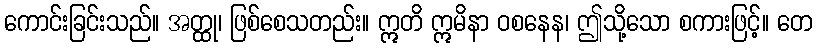
ကောင်းခြင်းသည်။ အတ္ထု၊ ဖြစ်စေသတည်း။ ဣတိ ဣမိနာ ဝစနေန၊ ဤသို့သော စကားဖြင့်။ တေ